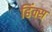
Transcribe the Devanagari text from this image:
हिंक्स